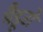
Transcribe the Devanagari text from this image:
मैडूरो